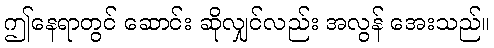
ဤနေရာတွင် ဆောင်း ဆိုလျှင်လည်း အလွန် အေးသည်။